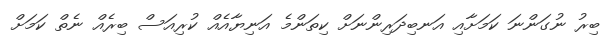
ބިރު ނުގަންނަ ކަމަށާއި އަނބިދަރިންނަށް ކިތަންމެ އަނިޔާއެއް ކުރިއަސް ބިރެއް ނެތް ކަމަށް